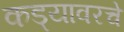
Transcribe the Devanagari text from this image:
कड्यावरचे